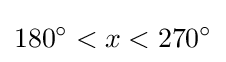
180^{\circ }<x<270^{\circ }